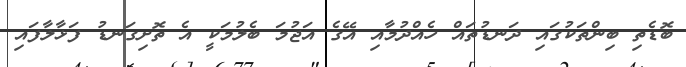
ބޮޑެތި ބިންތަކުގައި ދަނޑުތައް ހެއްދުމާއި އޭގެ އަޖުމަ ބެލުމަކީ އެ ތޮށިގަނޑު ފަޅާލާފައި